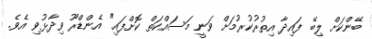
ބޭންކަށް ލިބޭ ފައިދާ އިތުރުކުރުމަށް ވަނީ މަސައްކަތް ކޮށްފައި" އެންޑްރޫ ވިދާޅުވި އެވެ.